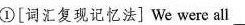
①[词汇复现记忆法] We were all ___